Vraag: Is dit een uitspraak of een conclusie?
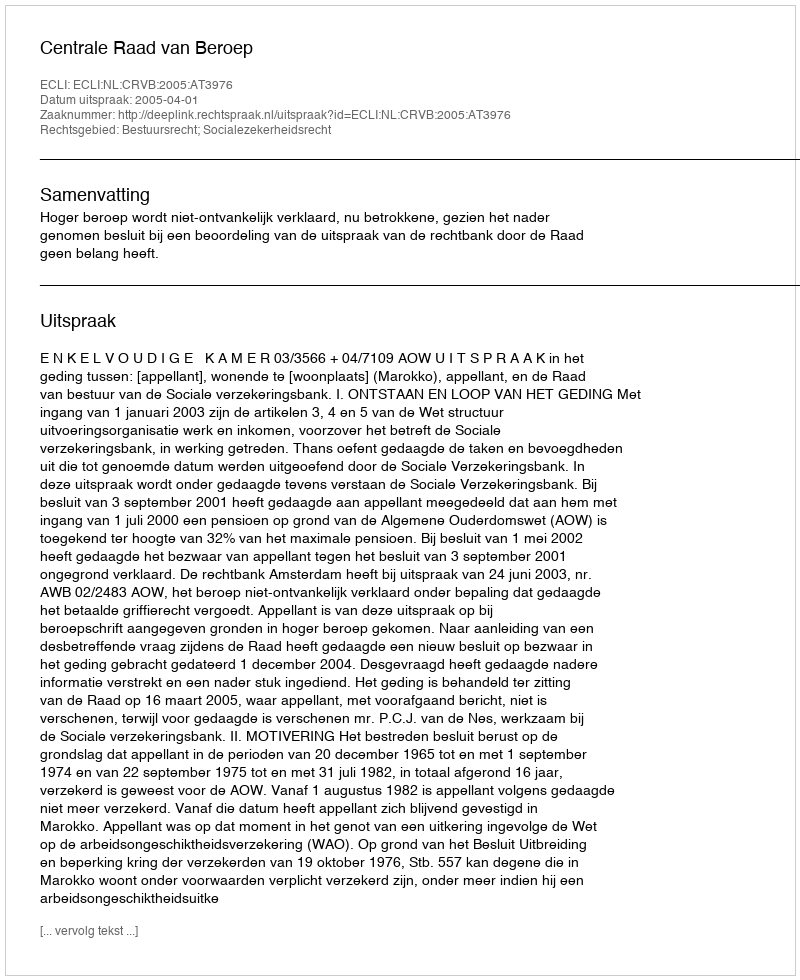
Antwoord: Uitspraak